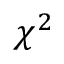
\chi ^ { 2 }